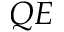
Q E